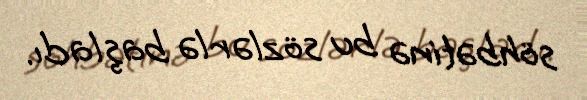
söhbətinə bu sözlərlə başladı.